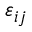
\varepsilon _ { i j }